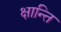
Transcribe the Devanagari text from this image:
क्षान्ति